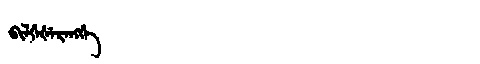
Manchu: ᠪᡳᠯᡤᡝᡧᡝᡵᡝᠩᡤᡝ
Romanization: BILGEŠERENGGE